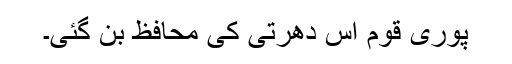
پوری قوم اس دھرتی کی محافظ بن گئی۔